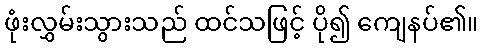
ဖုံးလွှမ်းသွားသည် ထင်သဖြင့် ပို၍ ကျေနပ်၏။